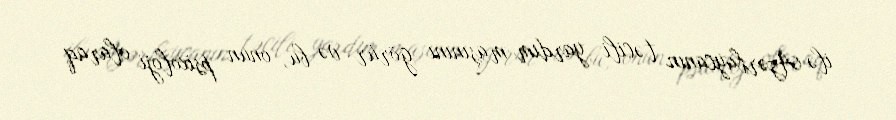
ilə Azərbaycanın təcili yardım maşınını görür və bu, onun psixoloji olaraq